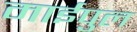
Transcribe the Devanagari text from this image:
माईपुल